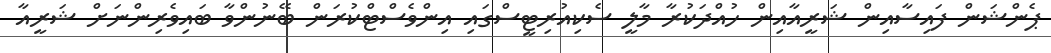
ޕެންޝަން ފައިސާއިން ޝަރީއާއިން ހުއްދަކުރާ މާލީ ސެކިއުރިޓީސްގައި އިންވެސްޓްކުރަން ބޭނުންވާ ބައިވެރިންނަށް ޝަރީއާ